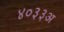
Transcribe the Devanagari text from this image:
४०३३अ